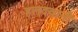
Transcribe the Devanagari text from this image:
हलदवानी